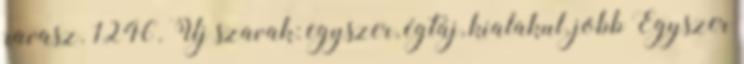
ravasz. 1246. Új szavak: egyszer, égtáj, kialakul, jobb Egyszer